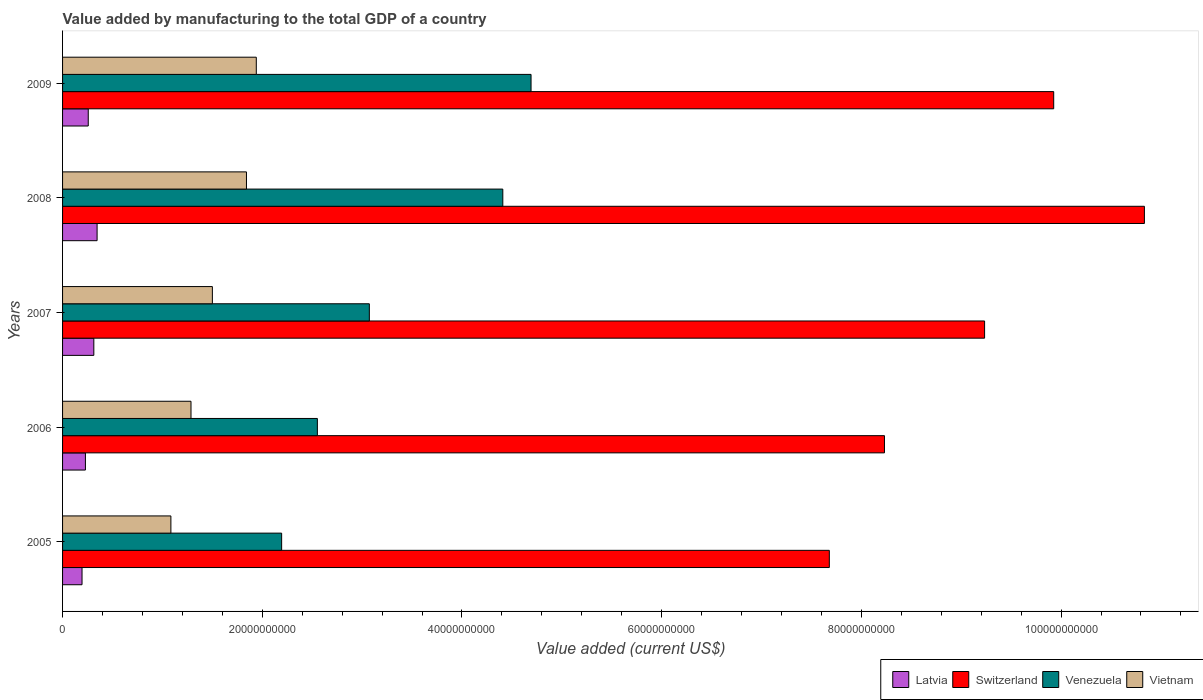
| Years | Latvia | Switzerland | Venezuela | Vietnam |
 | --- | --- | --- | --- | --- |
 | 2005 | 1.95e+09 | 7.68e+10 | 2.19e+10 | 1.08e+10 |
 | 2006 | 2.29e+09 | 8.23e+10 | 2.55e+10 | 1.29e+10 |
 | 2007 | 3.13e+09 | 9.23e+10 | 3.07e+10 | 1.5e+10 |
 | 2008 | 3.46e+09 | 1.08e+11 | 4.41e+10 | 1.84e+10 |
 | 2009 | 2.57e+09 | 9.93e+10 | 4.69e+10 | 1.94e+10 |